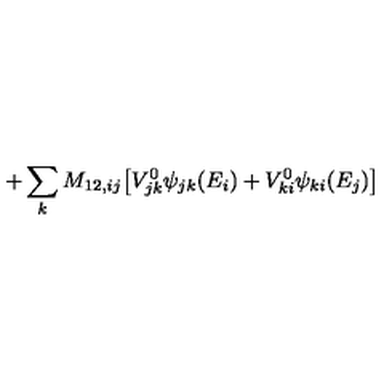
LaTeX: + \sum _ { k } M _ { 1 2 , i j } \big [ V _ { j k } ^ { 0 } \psi _ { j k } ( E _ { i } ) + V _ { k i } ^ { 0 } \psi _ { k i } ( E _ { j } ) \big ]